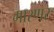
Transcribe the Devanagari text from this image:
मारणर